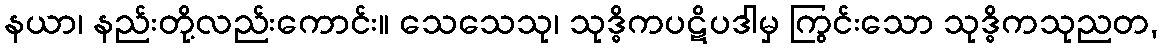
နယာ၊ နည်းတို့လည်းကောင်း။ သေသေသု၊ သုဒ္ဓိကပဋိပဒါမှ ကြွင်းသော သုဒ္ဓိကသုညတ,